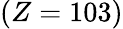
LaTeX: (Z=103)